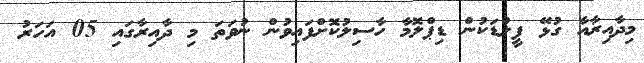
މިދާއިރާއާ ގުޅޭ ފީލްޑަކުން ޑިޕްލޮމާ ހާސިލުކޮށްފައިވުން ނުވަތަ މި ދާއިރާގައި 05 އަހަރު